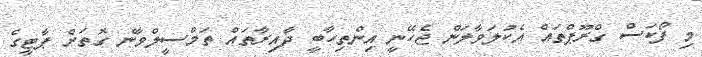
މި ފޯކަސް ގްރޫޕްތައް އެކުލަވާލަން ޖެހޭނީ އިންތިހާބީ ދާއިރާތައް ތަމްސީލްވާނެ ގޮތަށް ޕާޓީގެ